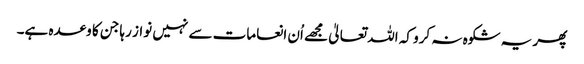
پھر یہ شکوہ نہ کرو کہ اللہ تعالیٰ مجھے اُن انعامات سے نہیں نواز رہا جن کا وعدہ ہے۔